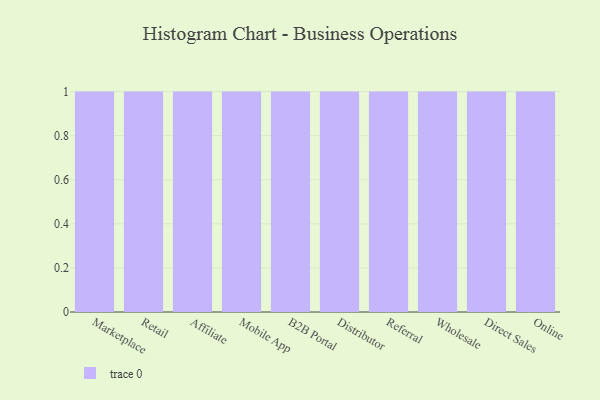
{"axis": {"x": "Channel", "y": "Gross Profit (USD K)"}, "legend": [""], "data": [{"x": "Marketplace", "y": 92, "type": ""}, {"x": "Retail", "y": 93, "type": ""}, {"x": "Affiliate", "y": 97, "type": ""}, {"x": "Mobile App", "y": 76, "type": ""}, {"x": "B2B Portal", "y": 93, "type": ""}, {"x": "Distributor", "y": 55, "type": ""}, {"x": "Referral", "y": 22, "type": ""}, {"x": "Wholesale", "y": 6, "type": ""}, {"x": "Direct Sales", "y": 18, "type": ""}, {"x": "Online", "y": 6, "type": ""}]}